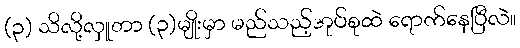
(၃) သိလို့လှူတာ (၃)မျိုးမှာ မည်သည့်အုပ်စုထဲ ရောက်နေပြီလဲ။